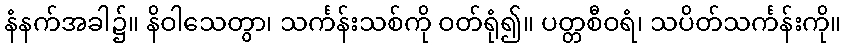
နံနက်အခါ၌။ နိဝါသေတွာ၊ သင်္ကန်းသစ်ကို ဝတ်ရုံ၍။ ပတ္တစီဝရံ၊ သပိတ်သင်္ကန်းကို။